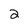
Character: 2